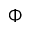
\Phi